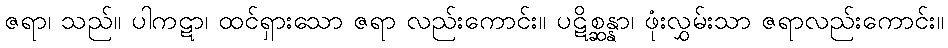
ဇရာ၊ သည်။ ပါကဋာ၊ ထင်ရှားသော ဇရာ လည်းကောင်း။ ပဋိစ္ဆန္နာ၊ ဖုံးလွှမ်းသာ ဇရာလည်းကောင်း။